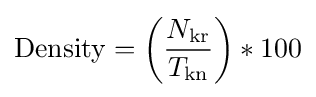
{\text{Density}}=\left({\frac {N_{\text{kr}}}{T_{\text{kn}}}}\right)*100